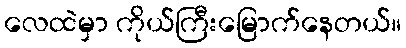
လေထဲမှာ ကိုယ်ကြီးမြောက်နေတယ်။